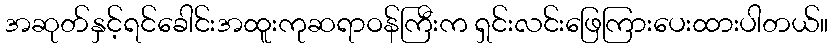
အဆုတ်နှင့်ရင်ခေါင်းအထူးကုဆရာဝန်ကြီးက ရှင်းလင်းဖြေကြားပေးထားပါတယ်။